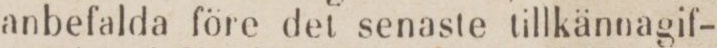
anbefalda före det senaste tillkännagif-